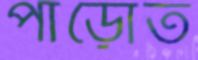
পাড়োত